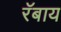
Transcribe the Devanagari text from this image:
रॅबाय